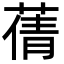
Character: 蒨